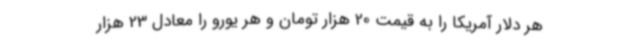
هر دلار آمریکا را به قیمت 20 هزار تومان و هر یورو را معادل 23 هزار